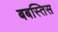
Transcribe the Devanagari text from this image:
बबस्तिस